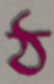
ঠ